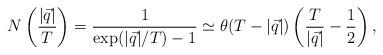
LaTeX: \begin{align*} N\left(\frac{|\vec q|}{T}\right) = \frac{1}{\exp(|\vec q|/T)-1} \simeq \theta(T-|\vec q|)\left(\frac{T}{|\vec q|} - \frac 1 2\right),\end{align*}